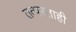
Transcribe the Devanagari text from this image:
तत्परताही